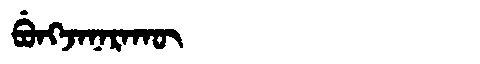
Manchu: ᠪᡠᠩᠵᠠᠨᠠᡵᠠᡴᡡ
Romanization: BUNGJANARAKŪ